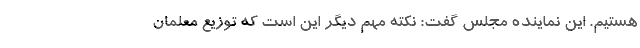
هستیم. این نماینده مجلس گفت: نکته مهم دیگر این است که توزیع معلمان